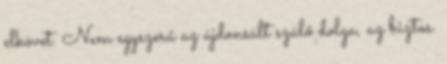
elkövet. Nem egyszerű az újdonsült szülő dolga, az biztos.